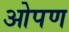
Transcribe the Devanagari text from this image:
ओपण